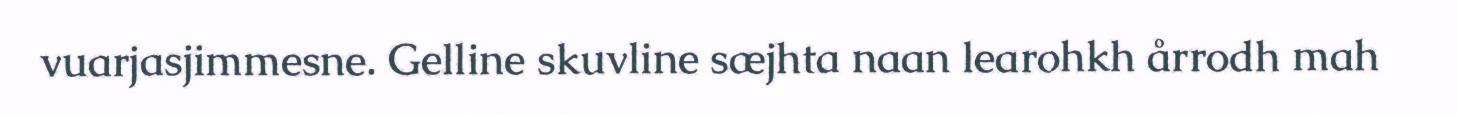
vuarjasjimmesne. Gelline skuvline sæjhta naan learohkh årrodh mah